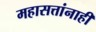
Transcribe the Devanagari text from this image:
महासत्तांनाही